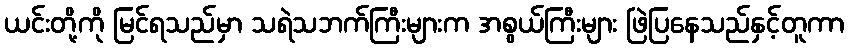
ယင်းတို့ကို မြင်ရသည်မှာ သရဲသဘက်ကြီးများက အစွယ်ကြီးများ ဖြဲပြနေသည်နှင့်တူကာ